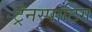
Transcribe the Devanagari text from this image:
ट्रेनस्पाटिंग